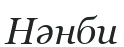
Нәнби